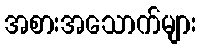
အစားအသောက်များ